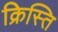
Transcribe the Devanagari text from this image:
क्रिस्ति